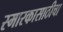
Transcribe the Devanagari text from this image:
स्मारकासाठीचा